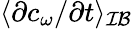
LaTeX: \langle\partial c_{\omega}/\partial t\rangle_{\mathcal{IB}}